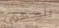
يتجهون